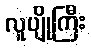
လူပျိုကြီး